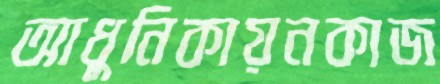
আধুনিকায়নকাজ